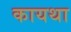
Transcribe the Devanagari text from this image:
कायथा